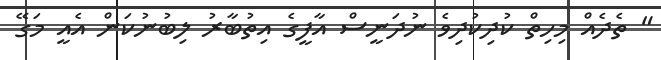
" ތެދެއް މިހިތް ކުދިކުދިވެ ނުދަނީސް އާފީގެ އިތުބާރު ލިބުނުކަން އެއީ މަގޭ